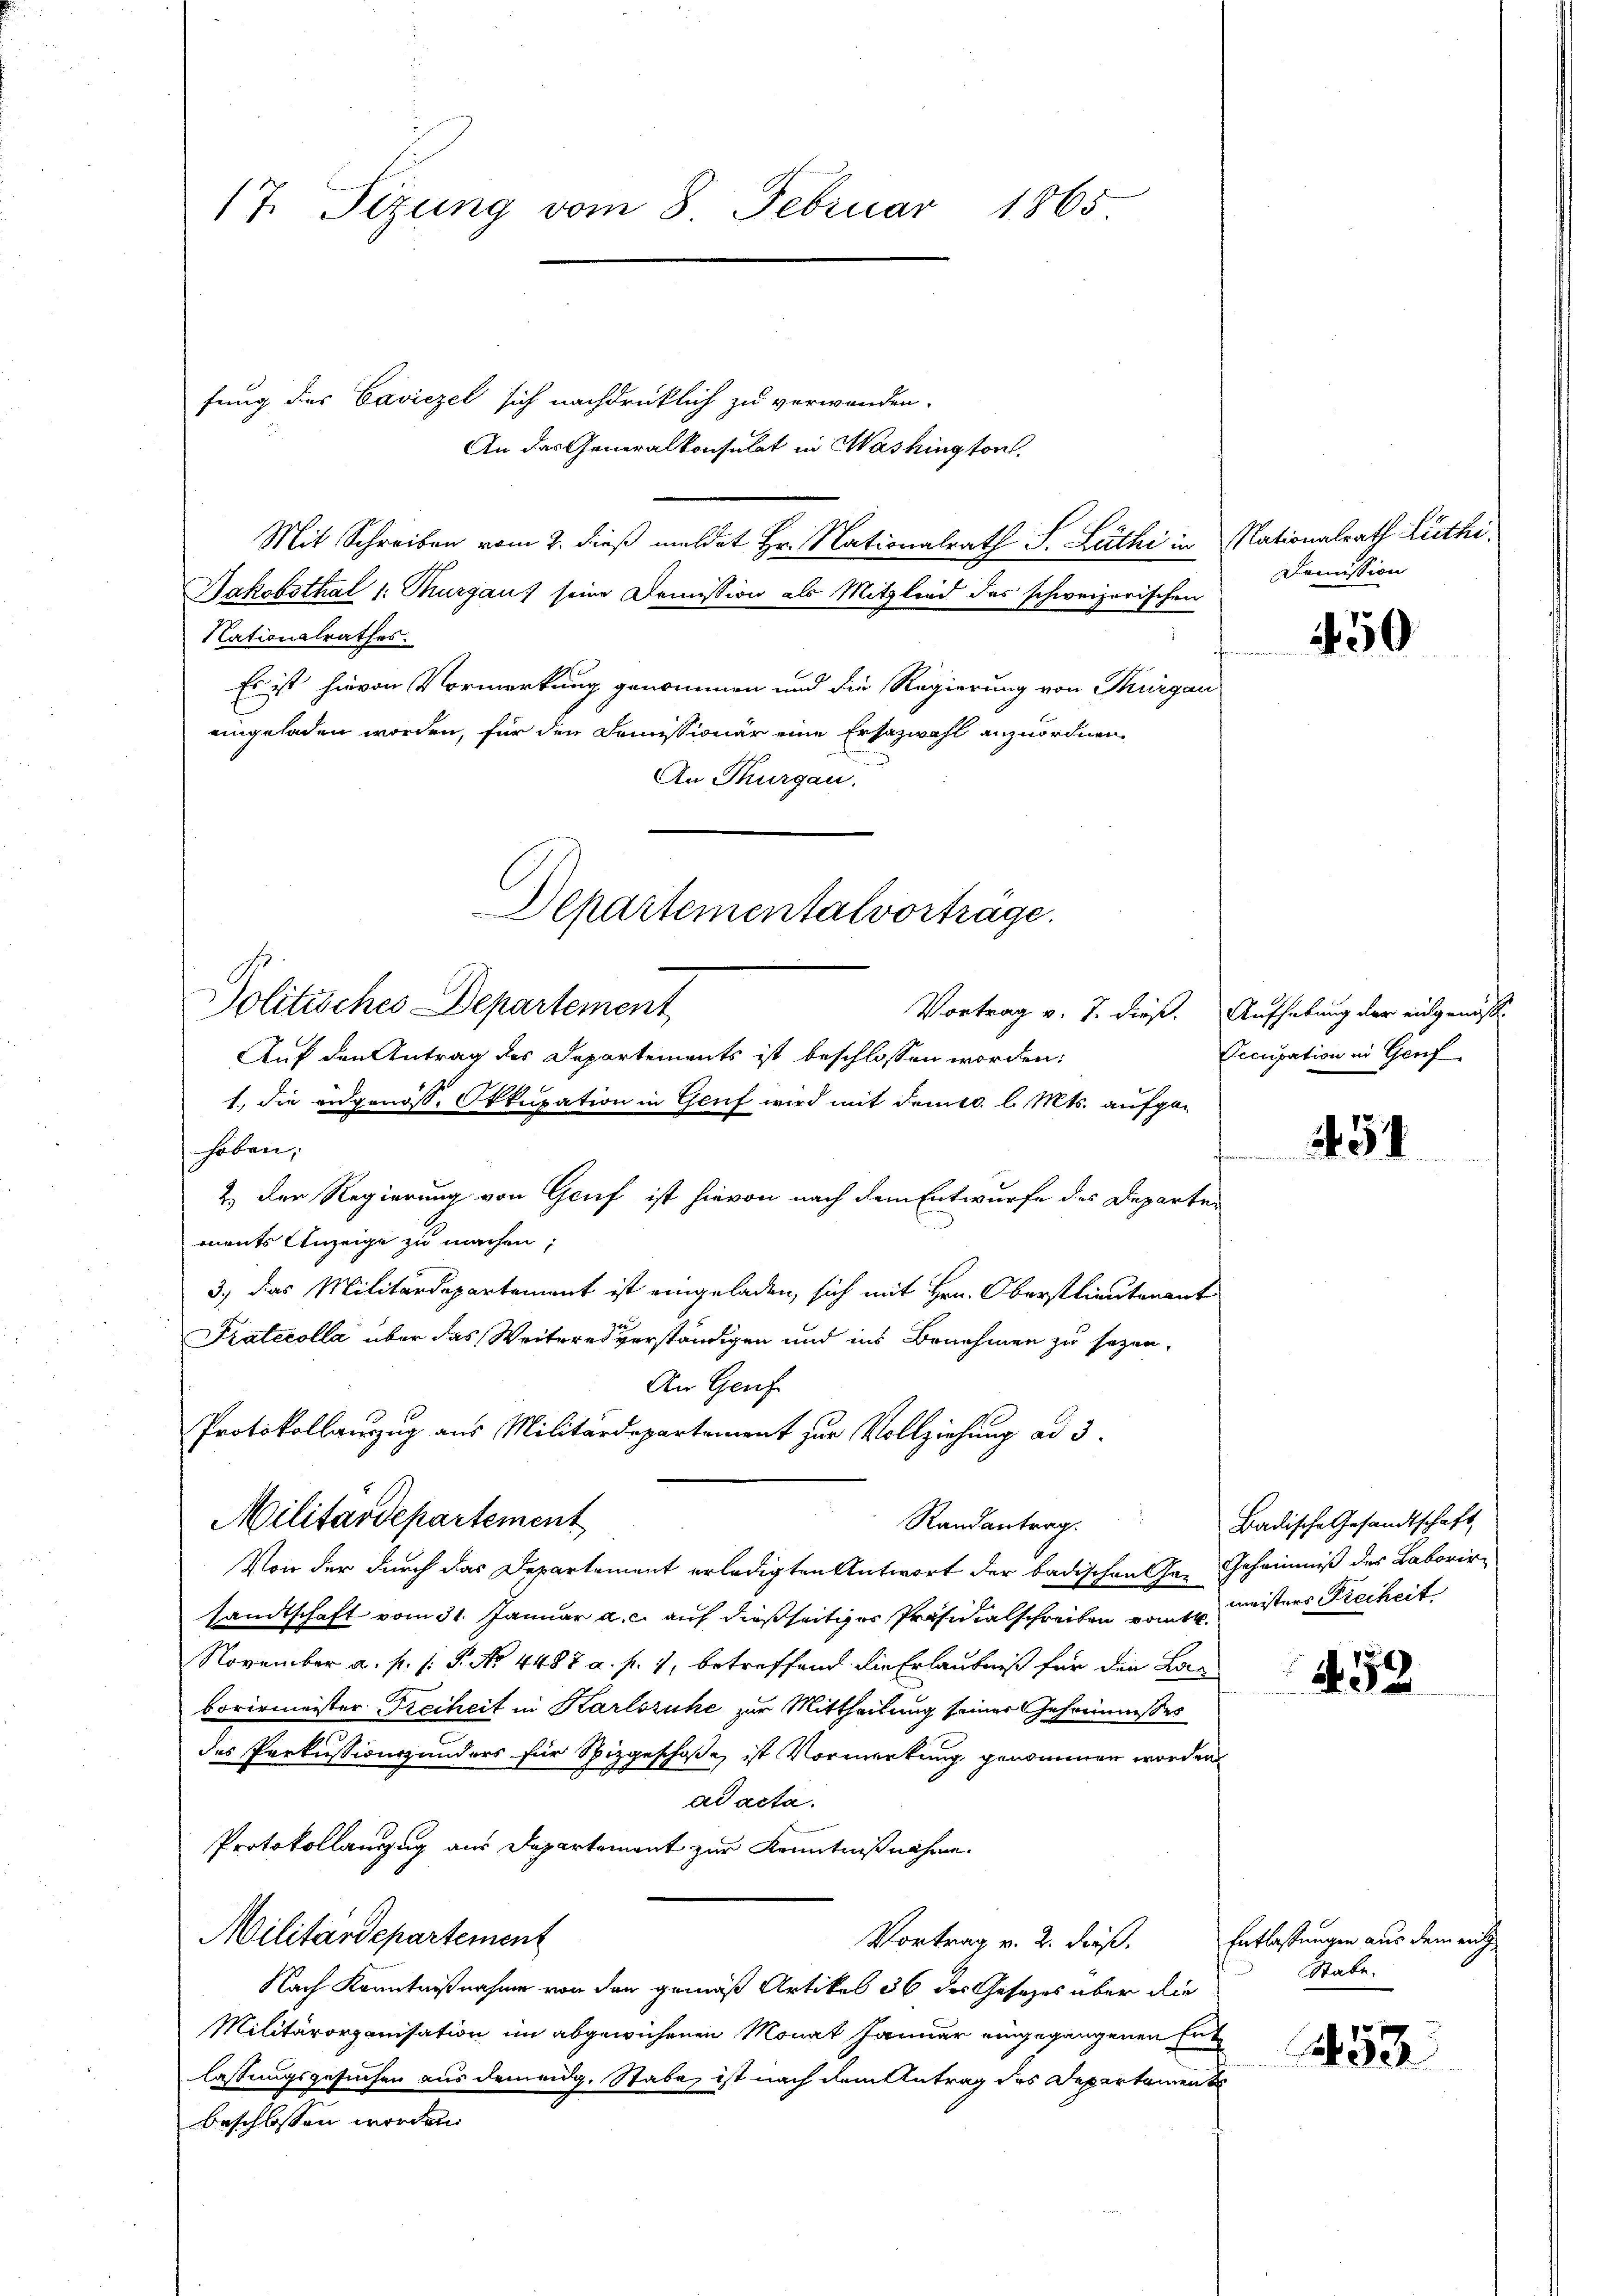
17. Sizung vom 8. Februar 1865.

fung der Caviezel sich nachdrücklich zu verwenden.
An das Generalkonsulat in Washington
Mit Schreiben vom 2. dieß meldet Hr. Nationalrath S. Lüthi in
Jakobsthal 1: Thurgau, seine Demission als Mitglied des schweizerischen
Nationalrathes.
Es ist hievon Vormerkung genommen und die Regierung von Thurgau
eingeladen worden, für den Domissionär eine Ersazwahl anzuordnen,
An Thurgau.
Auf den Antrag des Departements ist beschlossen worden:
1., die eidgenöss. Okkupation in Genf wird mit dem 10. l. Mts. aufgehoben;
2.) Der Regierung von Genf ist hievon nach dem Entwurfe des Departements Anzeige zu machen,
3.) Das Militärdepartement ist eingeladen, sich mit Hrn. Oberstlieutenant
Ja
Pratecolla über das Weiterei verständigen und ins Benehmen zu sezen,
An Genf
Protokollauszug aus Militärdepartement zur Vollziehung ad 3.
Militärdepartement
Randantrag.
Von der durch das Departement erledigten Antwort der badischen Gesandtschaft vom 31. Januar a. c. auf dießseitiger Präsidialschreiben vom meisters Freiheit
November a. p. P. No. 4487 a. f. 1, betreffend die Erlaubniß für die Lan
borirmeister Freiheit in Karlsruhe zur Mittheilung seiner Geheimisses
des Perkussionszunders für Spizgeschoße ist Vormerkung genommen worden
I
ad acta.
Protokollanzug aus Departement zur Kenntnißnahme.
Militärdepartement
Vortrag v. 2. dieß.
Nach Kenntnißnahme von den gemäß Artikel 36 des Gesetzes über die
Militärorganisation im abgewiesenen Monat Januar eingegangenen Erlassungsgesuchen aus dem eidg. Stabe, ist nach dem Antrag des Departament
beschlossen worden.

Departementalvorträge.
Politisches Departement
Vortrag v. J. dieß.

Nationalrath Lüthi
Domission

450

Aufhebung der eingenöss.
Occupation in Genf

351

Badische Gesandtschaft,
Geheimniß des Laborir

458

Entlassungen aus dem ent
Stabe.

432